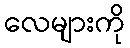
လေများကို